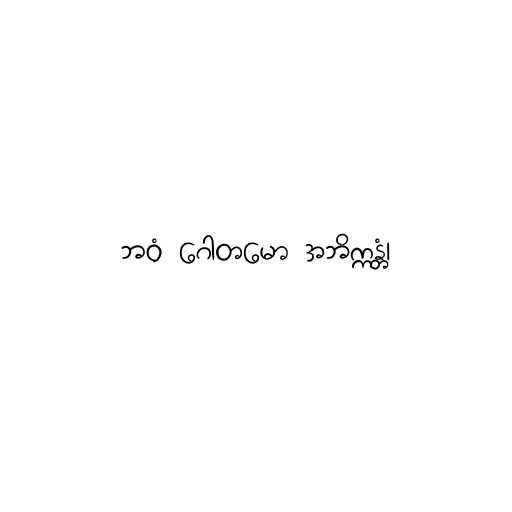
ဘဝံ ဂေါတမော အဘိက္ကန္တံ၊